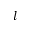
l